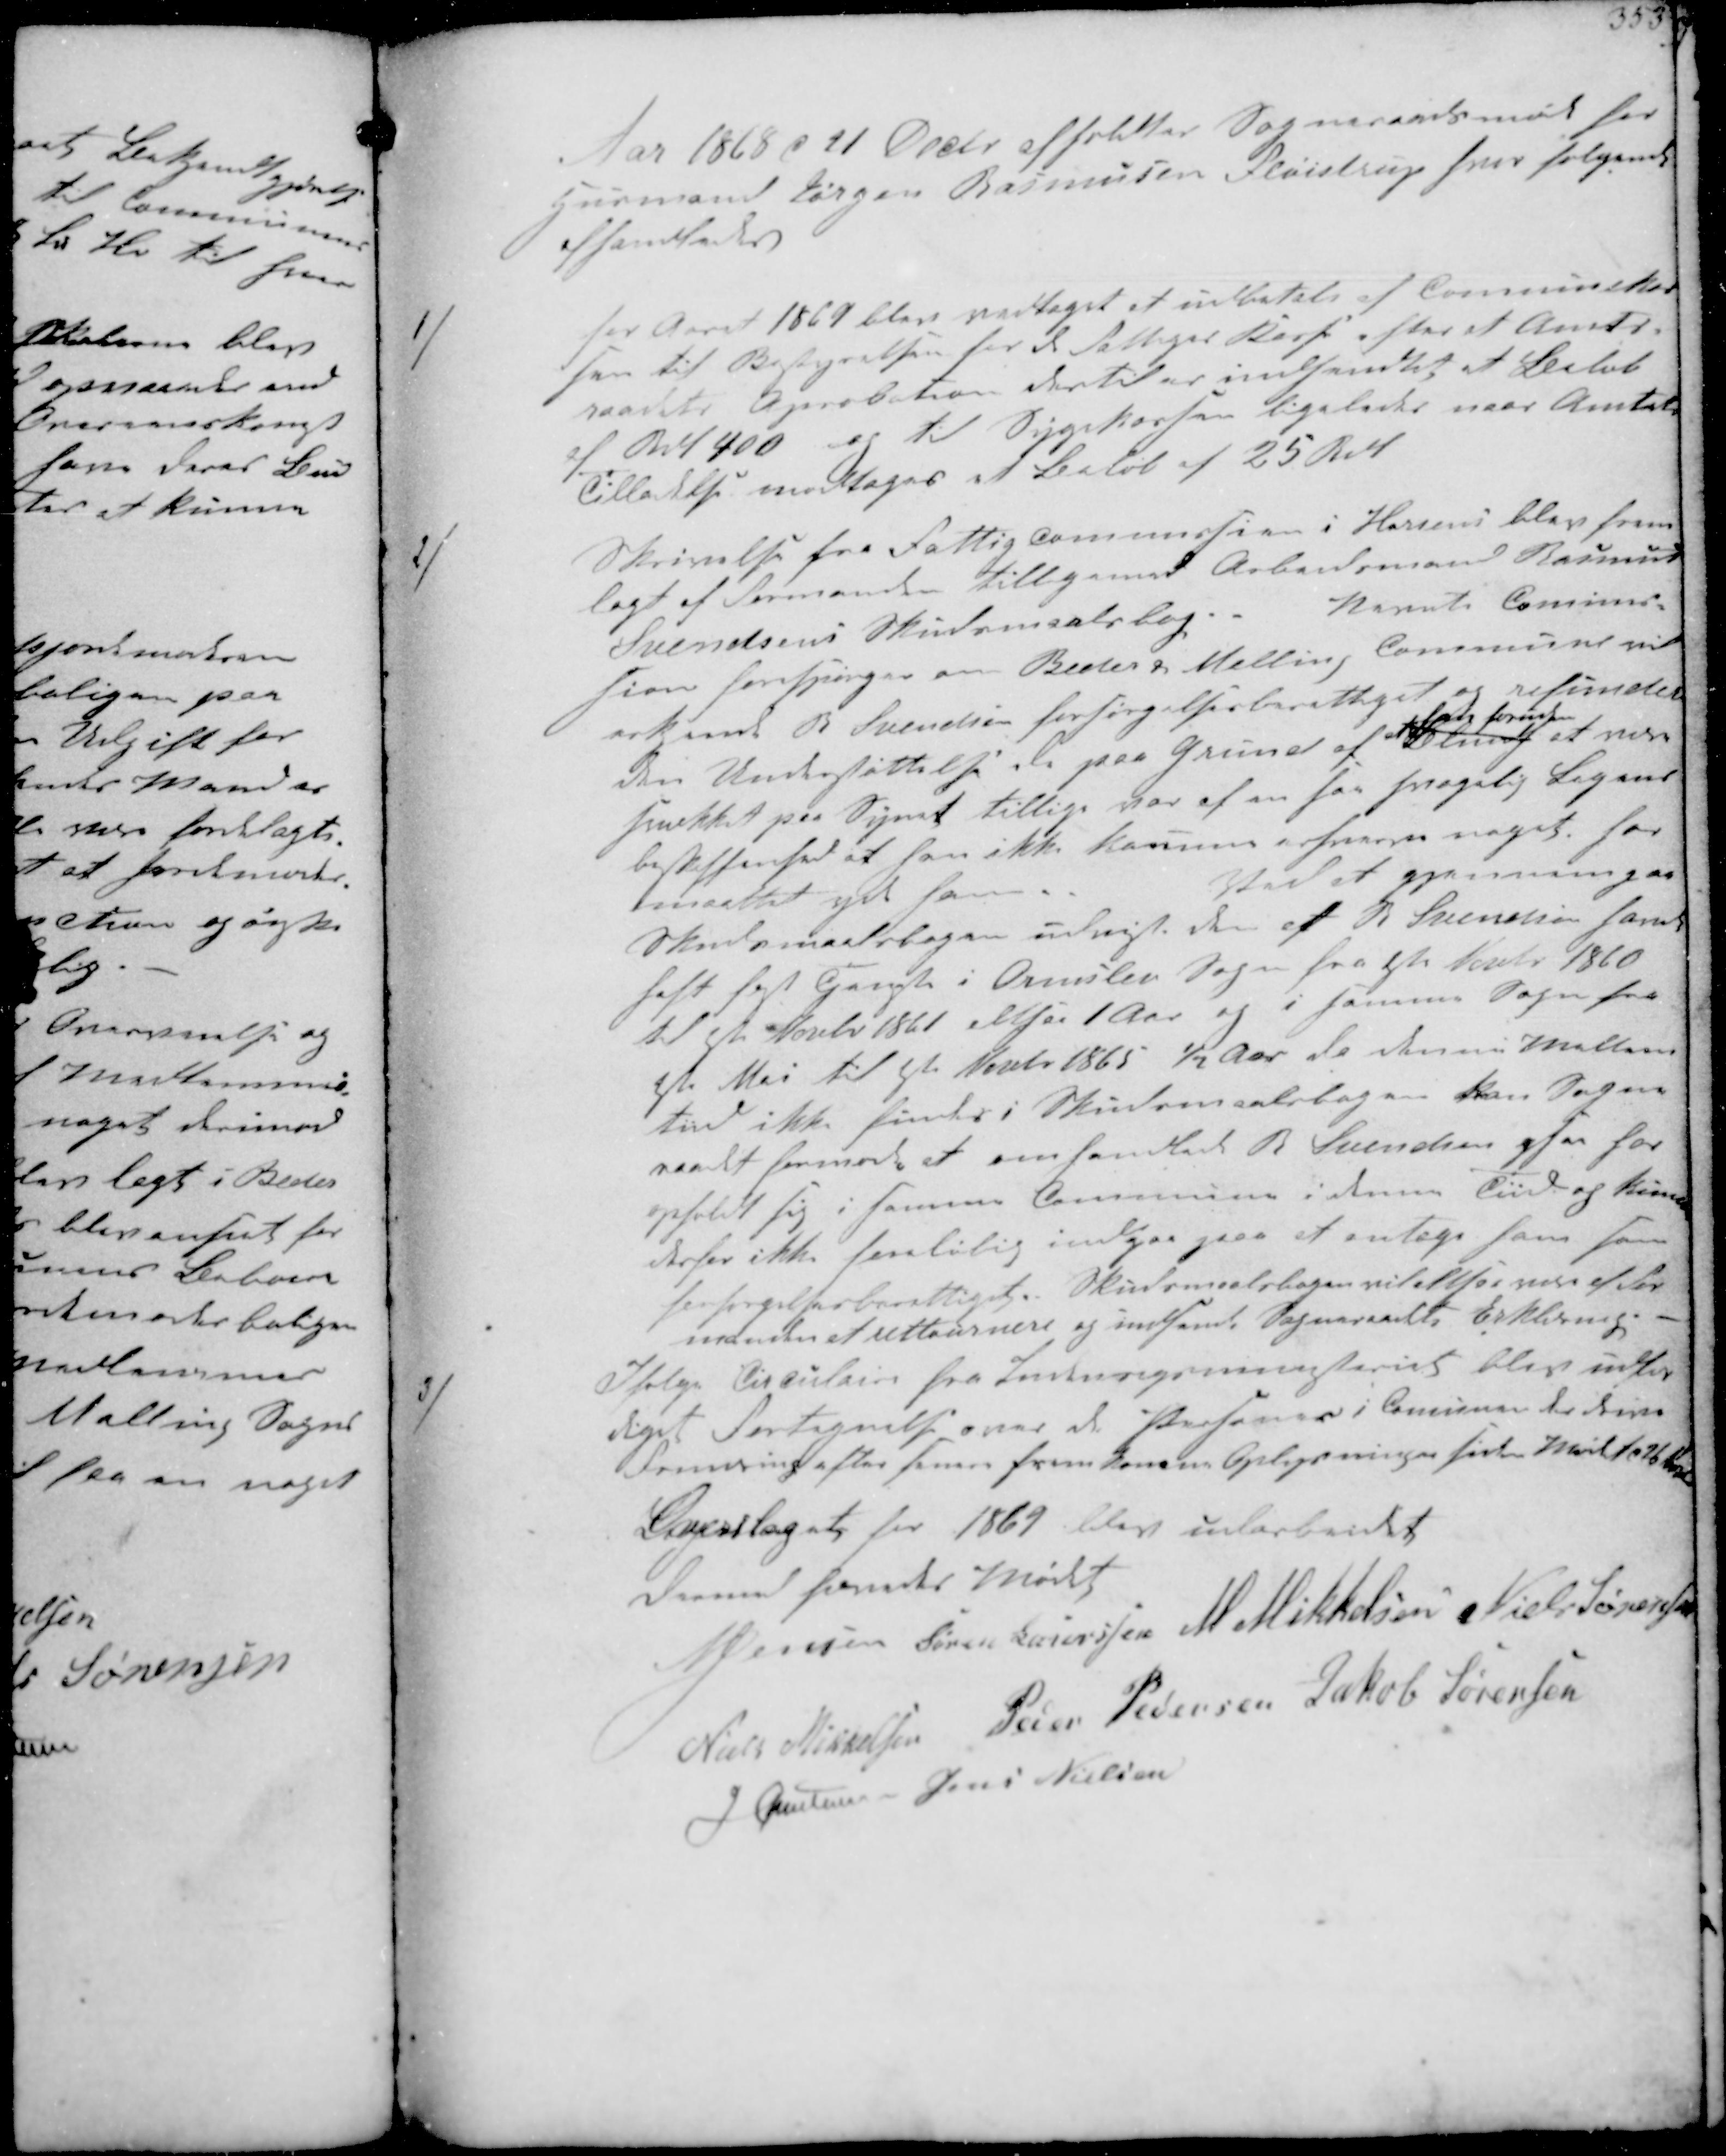
Transskription:
Aar 1868 d 21 Decbr afholdtes Sogneraadsmøde hos
Husmand Jørgen Rasmussen Fløistrup hvor følgende
afhandledes

1/
for Aaret 1869 blev vedtaget at udbetale af Kommunekas-
sen til Bestyrelsen for de Fattiges Kasse efter at Amts-
Raadets Aprobation dertil er indsendt et Beløb
af Rdl 400 og til Sygekassen ligeledes naar Amtets
Tilladelse modtoges et Beløb af 25 Rdl

2/
Skrivelse fra Fattigcommission i Horsens blev frem-
lagt af Formanden tilligemed Arbeidsmand Rasmus
Svendsens Skudsmaalsbog. Nævnte Commis-
sion forespørger om Beder Malling Commune
erkjende R Svendsen forsørgelsesberettiget og refunderer
hans Understøttelse de paa Grund af
at   
bud at være
trukket paa Sognet tillige var af en saa svagelig Legems-
beskaffenhed at han ikke kunne erhverve noget har
maatte yde ham.
Ved at gjennemgaae
Skudsmaalsbogen udviste den at R. Svendsen har
haft fast Tjenste i Ormslev Sogn fra 1ste Febr 1860
til 1ste Novbr 1861 altsaa 1 Aar og i samme Sogn fra
1ste Mai til 1ste Novbr 1865 ½ Aar da denne i Mellem-
tiden ikke findes i Skudsmaalsbogen kan Sogne-
raadet hermed at omhandlede Svendsen ogsaa har
holdt sig i samme Commune i denne Tid og kunne
derfor ikke forløbig indgaa paa at antage ham som
forsørgelsesberettiget. Skudsmaalsbogen vil altsaa  at For-
manden at returnere og indsende Sogneraadets Erklæring.

3/
Ifølge Circulaire fra Indenrigsministeriet blev udfær-
diget Fortegnelse over de Personer i Comunen der driver
Forretning efter hine fremkomne Oplysninger siden Mødet d 26  
Overslaget for 1869 blev udarbeidet
Dermed hævedes Mødet
N Jensen Søren Laursen M Mikkelsen Niels Sørensen
Niels Mikkelsen Peder Pedersen Jakob Sørensen
J Christensen Jens Nielsen